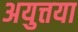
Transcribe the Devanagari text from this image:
अयुत्तया